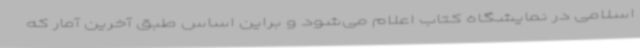
اسلامی در نمایشگاه کتاب اعلام می‌شود و براین اساس طبق آخرین آمار که